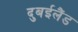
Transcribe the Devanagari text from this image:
दुबईलैंड